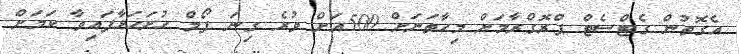
އެގޮތުން ގެޓްސެޓް ޕްރޮގްރާމަށް މިހާތަނަށް 500އަށް ވުރެ ގިނަ ފޯމް ހުށަހަޅާފައިވާ ކަމަށް